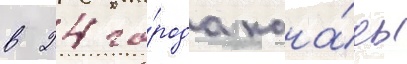
в 24 го́рода кана́ды